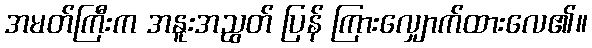
အမတ်ကြီးက အနူးအညွတ် ပြန် ကြားလျှောက်ထားလေ၏။